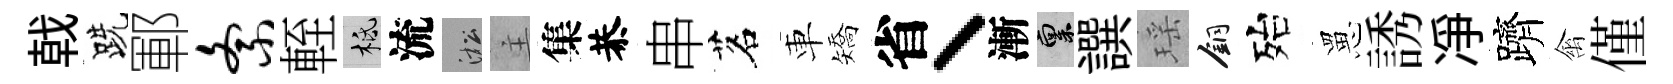
戟跣鄆紊輊柢流淞主集恭串茗車矯省丶漸禀譔瑶銅殆罳誘凈躋禽僅